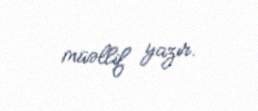
müəllif yazır.